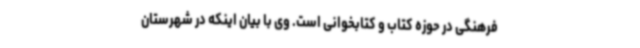
فرهنگی در حوزه کتاب و کتابخوانی است. وی با بیان اینکه در شهرستان